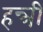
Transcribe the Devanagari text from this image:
हन्त्री